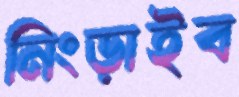
নিংড়াইব